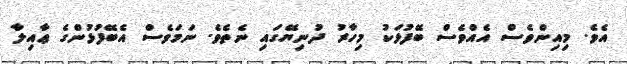
އެވެ. މިއިންވެސް އެއްވެސް ބޭފުޅަކު މިހާރު ދުނިޔޭގައި ނެތެވެ. ނަމަވެސް އެބޭފުޅުންގެ ޢާއިލާ